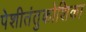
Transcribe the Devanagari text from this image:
पेशीतंतुकोशिका